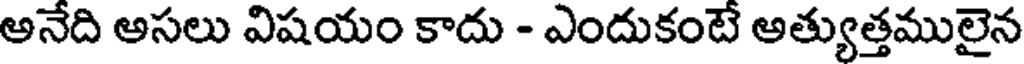
అనేది అసలు విషయం కాదు - ఎందుకంటే అత్యుత్తములైన